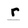
Character: r